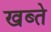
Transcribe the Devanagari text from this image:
खब्ते